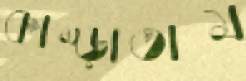
কাম্‌ড়াতাম